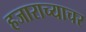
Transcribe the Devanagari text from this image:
हजाराच्याचर